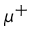
\mu ^ { + }